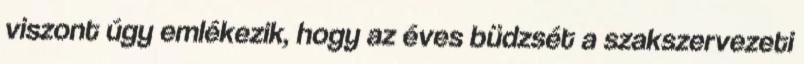
viszont úgy emlékezik, hogy az éves büdzsét a szakszervezeti